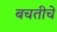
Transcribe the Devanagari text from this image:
बचतीचे